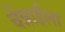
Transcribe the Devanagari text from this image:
चेन्नाईला